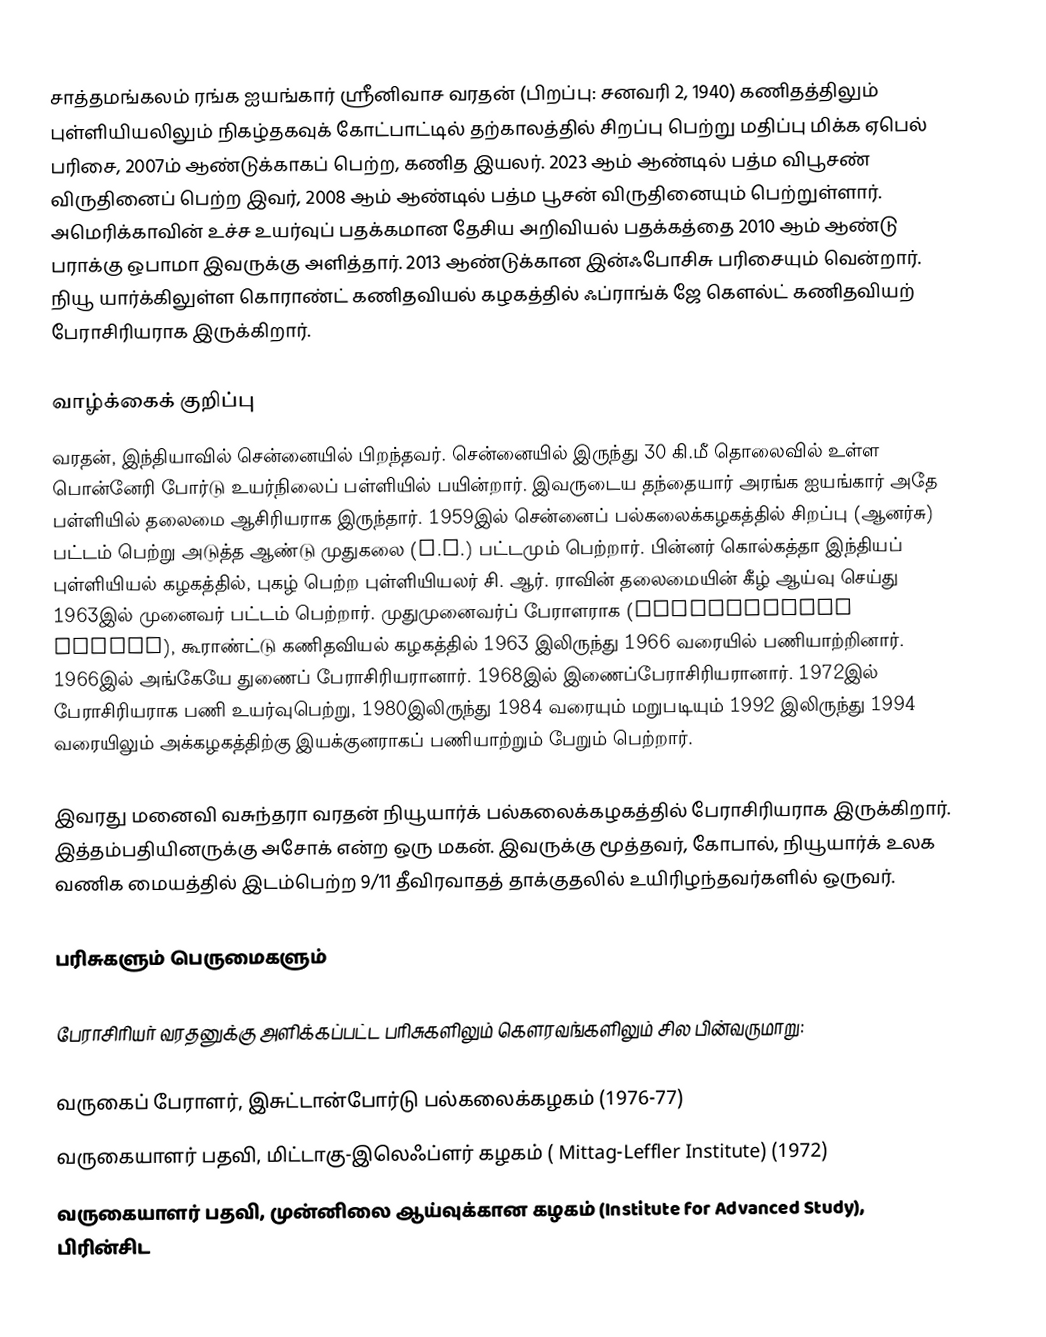
சாத்தமங்கலம் ரங்க ஐயங்கார் ஸ்ரீனிவாச வரதன் (பிறப்பு: சனவரி 2, 1940) கணிதத்திலும் புள்ளியியலிலும் நிகழ்தகவுக் கோட்பாட்டில் தற்காலத்தில் சிறப்பு பெற்று மதிப்பு மிக்க ஏபெல் பரிசை, 2007ம் ஆண்டுக்காகப் பெற்ற, கணித இயலர். 2023 ஆம் ஆண்டில் பத்ம விபூசண் விருதினைப் பெற்ற இவர், 2008 ஆம் ஆண்டில் பத்ம பூசன் விருதினையும் பெற்றுள்ளார். அமெரிக்காவின் உச்ச உயர்வுப் பதக்கமான தேசிய அறிவியல் பதக்கத்தை  2010 ஆம் ஆண்டு பராக்கு ஒபாமா இவருக்கு அளித்தார். 2013 ஆண்டுக்கான இன்ஃபோசிசு பரிசையும் வென்றார். நியூ யார்க்கிலுள்ள கொராண்ட் கணிதவியல் கழகத்தில் ஃப்ராங்க் ஜே கௌல்ட் கணிதவியற் பேராசிரியராக இருக்கிறார்.

வாழ்க்கைக் குறிப்பு
வரதன், இந்தியாவில் சென்னையில் பிறந்தவர். சென்னையில் இருந்து 30 கி.மீ தொலைவில் உள்ள பொன்னேரி போர்டு உயர்நிலைப் பள்ளியில் பயின்றார். இவருடைய தந்தையார் அரங்க ஐயங்கார் அதே பள்ளியில் தலைமை ஆசிரியராக இருந்தார். 1959இல் சென்னைப் பல்கலைக்கழகத்தில் சிறப்பு (ஆனர்சு) பட்டம் பெற்று அடுத்த ஆண்டு முதுகலை (M.A.) பட்டமும் பெற்றார். பின்னர் கொல்கத்தா இந்தியப் புள்ளியியல் கழகத்தில், புகழ் பெற்ற புள்ளியியலர் சி. ஆர். ராவின் தலைமையின் கீழ் ஆய்வு செய்து  1963இல் முனைவர் பட்டம் பெற்றார். முதுமுனைவர்ப் பேராளராக (Postdoctoral Fellow), கூராண்ட்டு கணிதவியல் கழகத்தில் 1963 இலிருந்து 1966 வரையில் பணியாற்றினார். 1966இல் அங்கேயே துணைப் பேராசிரியரானார். 1968இல் இணைப்பேராசிரியரானார். 1972இல் பேராசிரியராக பணி உயர்வுபெற்று, 1980இலிருந்து 1984 வரையும் மறுபடியும் 1992 இலிருந்து 1994 வரையிலும் அக்கழகத்திற்கு இயக்குனராகப் பணியாற்றும் பேறும் பெற்றார்.

இவரது மனைவி வசுந்தரா வரதன் நியூயார்க் பல்கலைக்கழகத்தில் பேராசிரியராக இருக்கிறார். இத்தம்பதியினருக்கு அசோக் என்ற ஒரு மகன். இவருக்கு மூத்தவர், கோபால், நியூயார்க் உலக வணிக மையத்தில் இடம்பெற்ற 9/11 தீவிரவாதத் தாக்குதலில் உயிரிழந்தவர்களில் ஒருவர்.

பரிசுகளும் பெருமைகளும்

பேராசிரியர் வரதனுக்கு அளிக்கப்பட்ட பரிசுகளிலும் கௌரவங்களிலும் சில பின்வருமாறு:

வருகைப் பேராளர், இசுட்டான்போர்டு பல்கலைக்கழகம் (1976-77)
வருகையாளர் பதவி, மிட்டாகு-இலெஃப்ளர் கழகம் ( Mittag-Leffler Institute) (1972)
வருகையாளர் பதவி, முன்னிலை ஆய்வுக்கான கழகம் (Institute for Advanced Study), பிரின்சிட